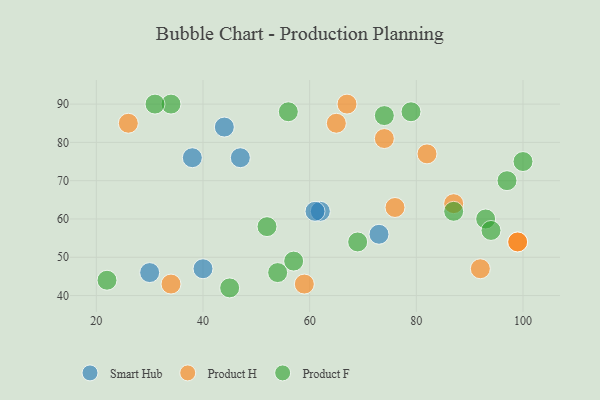
{"axis": {"x": "GDP", "y": "Life Expectancy"}, "legend": ["Product F", "Product H", "Smart Hub"], "data": [{"x": "44", "y": 84, "type": "Smart Hub"}, {"x": "47", "y": 76, "type": "Smart Hub"}, {"x": "62", "y": 62, "type": "Smart Hub"}, {"x": "30", "y": 46, "type": "Smart Hub"}, {"x": "40", "y": 47, "type": "Smart Hub"}, {"x": "38", "y": 76, "type": "Smart Hub"}, {"x": "73", "y": 56, "type": "Smart Hub"}, {"x": "61", "y": 62, "type": "Smart Hub"}, {"x": "99", "y": 54, "type": "Product H"}, {"x": "59", "y": 43, "type": "Product H"}, {"x": "99", "y": 54, "type": "Product H"}, {"x": "74", "y": 81, "type": "Product H"}, {"x": "34", "y": 43, "type": "Product H"}, {"x": "65", "y": 85, "type": "Product H"}, {"x": "92", "y": 47, "type": "Product H"}, {"x": "82", "y": 77, "type": "Product H"}, {"x": "87", "y": 64, "type": "Product H"}, {"x": "26", "y": 85, "type": "Product H"}, {"x": "76", "y": 63, "type": "Product H"}, {"x": "67", "y": 90, "type": "Product H"}, {"x": "87", "y": 62, "type": "Product F"}, {"x": "74", "y": 87, "type": "Product F"}, {"x": "97", "y": 70, "type": "Product F"}, {"x": "79", "y": 88, "type": "Product F"}, {"x": "93", "y": 60, "type": "Product F"}, {"x": "57", "y": 49, "type": "Product F"}, {"x": "56", "y": 88, "type": "Product F"}, {"x": "45", "y": 42, "type": "Product F"}, {"x": "52", "y": 58, "type": "Product F"}, {"x": "69", "y": 54, "type": "Product F"}, {"x": "22", "y": 44, "type": "Product F"}, {"x": "100", "y": 75, "type": "Product F"}, {"x": "54", "y": 46, "type": "Product F"}, {"x": "34", "y": 90, "type": "Product F"}, {"x": "94", "y": 57, "type": "Product F"}, {"x": "31", "y": 90, "type": "Product F"}]}